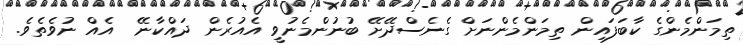
ތިމަންމެންގެ ކާބަފައިން ތިމަންމެންނަށް ގެނެސްދޭށޭ ބުނުންމެނުވީ އެއުރެން ދައްކާނޭ  އެއް ނުވެތެވެ.